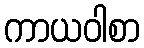
ကာယဝါစာ